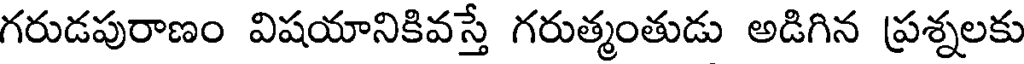
గరుడపురాణం విషయానికివస్తే గరుత్మంతుడు అడిగిన ప్రశ్నలకు